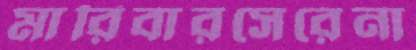
মারিবারসেরেনা